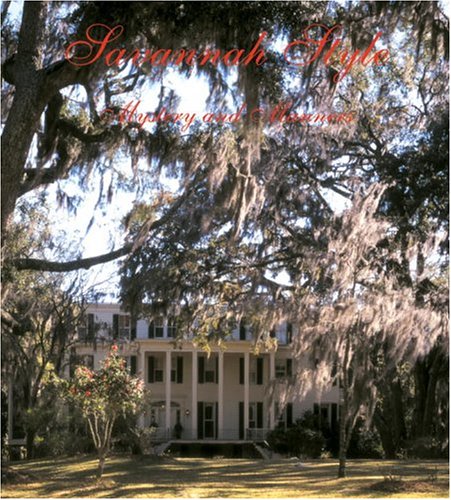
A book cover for Savannah Style: Mystery and Manners; Susan Sully; Travel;